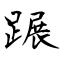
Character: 蹍